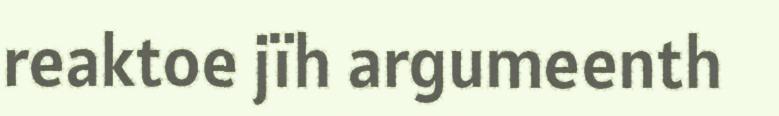
reaktoe jïh argumeenth